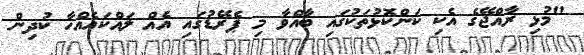
"މުޅި ރާއްޖޭގެ އެކި ކަންކޮޅުތަކުގައި ބާއްވާ މި ޕެރޭޑުގައި އެއް ލައްކައެއްހާ ކުދިން